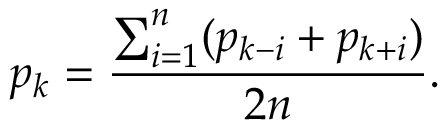
p _ { k } = { \frac { \sum _ { i = 1 } ^ { n } ( { p _ { k - i } + p _ { k + i } ) } } { 2 n } } .